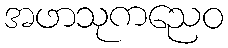
အဖာသုကညေဝ